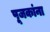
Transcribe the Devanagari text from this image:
पूजकांना